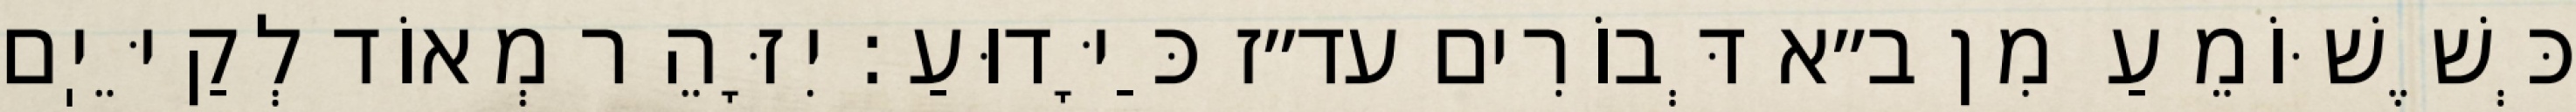
כְּשֶׁשּׁוֹמֵעַ מִן ב״א דְּבוֹרִים עד״ז כַּיָּדוּעַ: יִזָּהֵר מְאוֹד לְקַיֵּיֽם